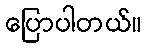
ပြောပါတယ်။